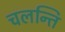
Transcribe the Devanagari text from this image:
चलन्ति